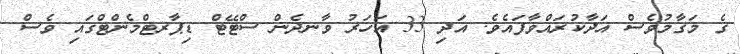
ގެ މަގާމުވެސް އަދާކުރައްވާފައެވެ. އަދި 33 އަހަރު ވާނދެން ސްޓޭޓް ޑިޕާރޓްމެންޓްގައި ވެސް